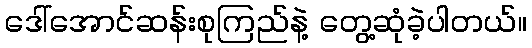
ဒေါ်အောင်ဆန်းစုကြည်နဲ့ တွေ့ဆုံခဲ့ပါတယ်။